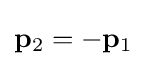
\mathbf {p} _{2}=-\mathbf {p} _{1}